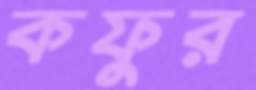
কফুর